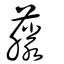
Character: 藤